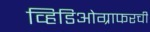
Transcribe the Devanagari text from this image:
व्हिडिओग्राफरची